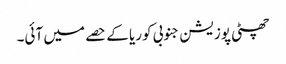
چھٹی پوزیشن جنوبی کوریا کے حصے میں آئی۔